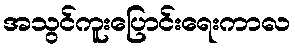
အသွင်ကူးပြောင်းရေးကာလ